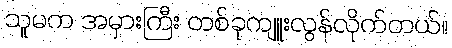
သူမက အမှားကြီး တစ်ခုကျူးလွန်လိုက်တယ်။